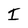
Character: I